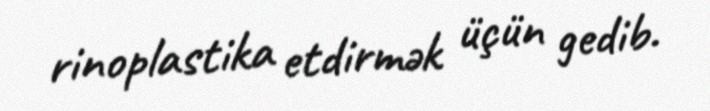
rinoplastika etdirmək üçün gedib.